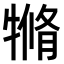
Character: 𤛛